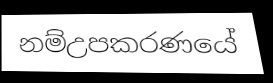
නම්උපකරණයේ